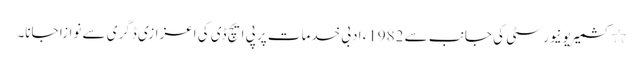
٭ کشمیریونیورسٹی کی جانب سے 1982ء ادبی خدمات پر پی ایچ ڈی کی اعزازی ڈگری سے نوازا جانا۔